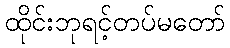
ထိုင်းဘုရင့်တပ်မတော်